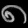
Digit: ၈